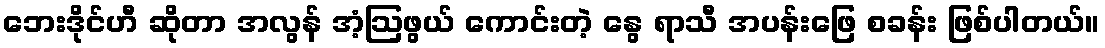
ဘေးဒိုင်ဟီ ဆိုတာ အလွန် အံ့ဩဖွယ် ကောင်းတဲ့ နွေ ရာသီ အပန်းဖြေ စခန်း ဖြစ်ပါတယ်။